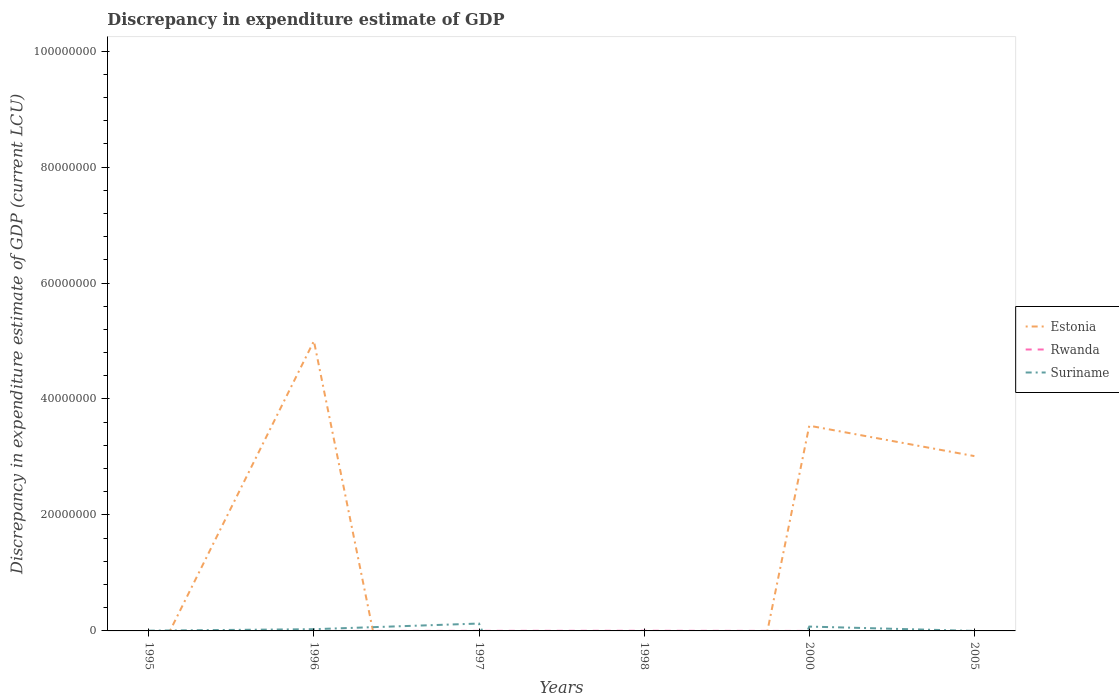
| Years | Estonia | Rwanda | Suriname |
 | --- | --- | --- | --- |
 | 1995 | -7.36e+06 | -2.45e+04 | 4.7e+04 |
 | 1996 | 5e+07 | -4.1e+03 | 2.98e+05 |
 | 1997 | -8.98e+07 | 1.65e+04 | 1.27e+06 |
 | 1998 | -1.04e+08 | 2.87e+04 | -6.42e+07 |
 | 2000 | 3.54e+07 | -100 | 7.48e+05 |
 | 2005 | 3.02e+07 | -1e+09 | 100 |